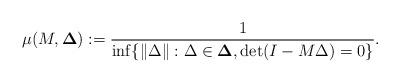
LaTeX: \begin{align*}\mu(M,\mathbf{\Delta}) := \frac{1}{\inf \{ \| \Delta \| : \Delta \in \mathbf{\Delta}, \det(I-M\Delta) = 0 \} }.\end{align*}